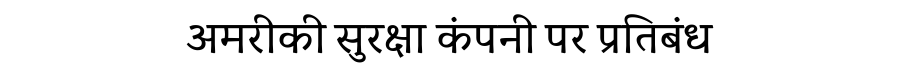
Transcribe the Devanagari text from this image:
अमरीकी सुरक्षा कंपनी पर प्रतिबंध